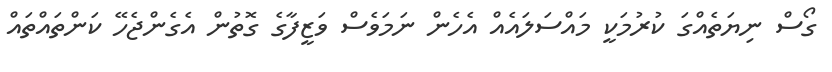
ގޯސް ނިޔަތެއްގަ ކުރުމަކީ މައްސަލައެއް އެހެން ނަމަވެސް ވަޒީފާގެ ގޮތުން އެގެންޖެހޭ ކަންތައްތައް